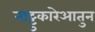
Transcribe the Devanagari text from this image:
नाट्टुकारेआतुन